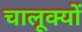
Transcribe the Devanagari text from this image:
चालूक्यों